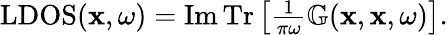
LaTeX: \begin{array}{r}{\textrm{LDOS}(\mathbf{x},\omega)=\operatorname{Im}\operatorname{Tr}\left[\frac{1}{\pi\omega}\mathbb{G}(\mathbf{x},\mathbf{x},\omega)\right].}\end{array}